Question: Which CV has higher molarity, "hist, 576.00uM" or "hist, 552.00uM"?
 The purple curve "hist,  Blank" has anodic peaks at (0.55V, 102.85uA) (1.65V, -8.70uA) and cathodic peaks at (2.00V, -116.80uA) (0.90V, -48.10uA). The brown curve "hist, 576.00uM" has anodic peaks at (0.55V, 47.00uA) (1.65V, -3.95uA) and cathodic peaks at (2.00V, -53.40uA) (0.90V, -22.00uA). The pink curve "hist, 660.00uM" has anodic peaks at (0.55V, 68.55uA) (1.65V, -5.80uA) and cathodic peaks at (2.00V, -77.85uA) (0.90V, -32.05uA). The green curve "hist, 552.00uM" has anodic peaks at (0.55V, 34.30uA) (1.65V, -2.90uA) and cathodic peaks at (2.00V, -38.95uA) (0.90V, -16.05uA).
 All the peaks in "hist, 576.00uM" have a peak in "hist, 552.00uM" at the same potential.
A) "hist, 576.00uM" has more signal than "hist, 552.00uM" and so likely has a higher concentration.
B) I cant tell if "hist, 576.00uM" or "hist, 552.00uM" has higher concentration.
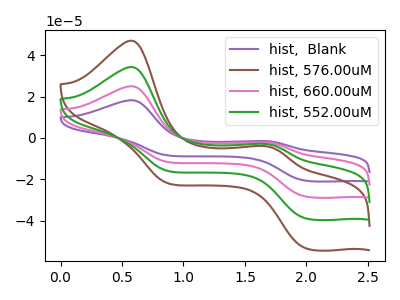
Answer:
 <answer>B) I cant tell if "hist, 576.00uM" or "hist, 552.00uM" has higher concentration.</answer>
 <eval>B</eval>